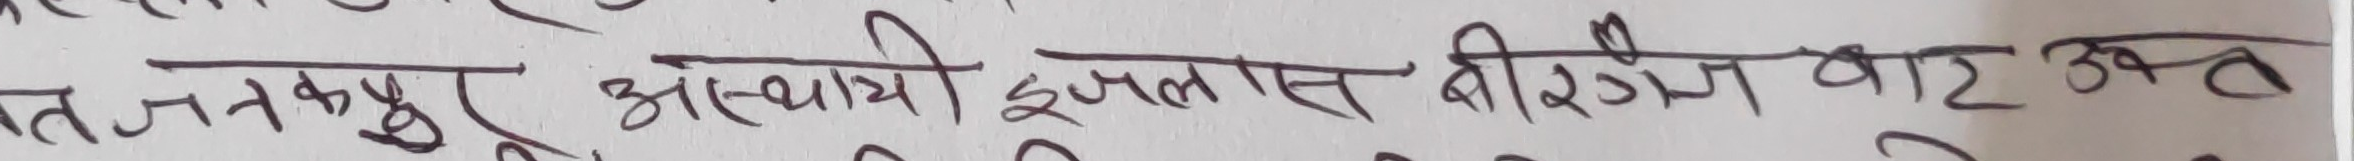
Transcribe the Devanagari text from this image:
तत् जनकपुर अस्थायी इजलास वीरेन्द्रवाट उक्त